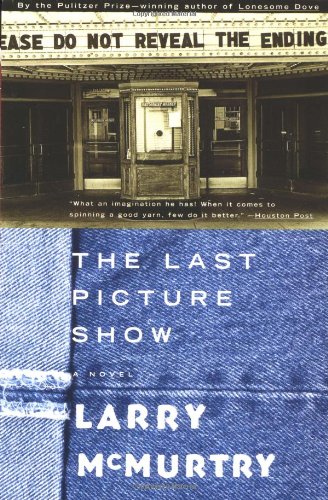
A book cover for The Last Picture Show (Thalia); Larry McMurtry; Literature & Fiction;